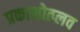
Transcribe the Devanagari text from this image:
प्रकाशोत्प्लव